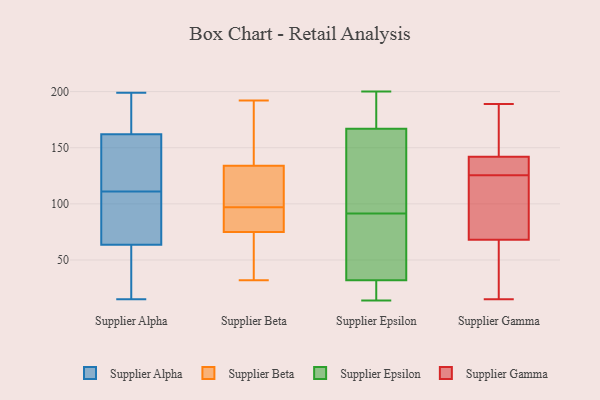
{"axis": {"x": "Active Users", "y": "Value"}, "legend": ["Supplier Alpha", "Supplier Beta", "Supplier Epsilon", "Supplier Gamma"], "data": [{"x": "", "y": 17, "type": "Supplier Alpha"}, {"x": "", "y": 159, "type": "Supplier Alpha"}, {"x": "", "y": 63, "type": "Supplier Alpha"}, {"x": "", "y": 25, "type": "Supplier Alpha"}, {"x": "", "y": 112, "type": "Supplier Alpha"}, {"x": "", "y": 191, "type": "Supplier Alpha"}, {"x": "", "y": 81, "type": "Supplier Alpha"}, {"x": "", "y": 64, "type": "Supplier Alpha"}, {"x": "", "y": 131, "type": "Supplier Alpha"}, {"x": "", "y": 165, "type": "Supplier Alpha"}, {"x": "", "y": 46, "type": "Supplier Alpha"}, {"x": "", "y": 90, "type": "Supplier Alpha"}, {"x": "", "y": 15, "type": "Supplier Alpha"}, {"x": "", "y": 82, "type": "Supplier Alpha"}, {"x": "", "y": 195, "type": "Supplier Alpha"}, {"x": "", "y": 195, "type": "Supplier Alpha"}, {"x": "", "y": 199, "type": "Supplier Alpha"}, {"x": "", "y": 145, "type": "Supplier Alpha"}, {"x": "", "y": 110, "type": "Supplier Alpha"}, {"x": "", "y": 121, "type": "Supplier Alpha"}, {"x": "", "y": 192, "type": "Supplier Beta"}, {"x": "", "y": 32, "type": "Supplier Beta"}, {"x": "", "y": 104, "type": "Supplier Beta"}, {"x": "", "y": 41, "type": "Supplier Beta"}, {"x": "", "y": 134, "type": "Supplier Beta"}, {"x": "", "y": 56, "type": "Supplier Beta"}, {"x": "", "y": 75, "type": "Supplier Beta"}, {"x": "", "y": 170, "type": "Supplier Beta"}, {"x": "", "y": 81, "type": "Supplier Beta"}, {"x": "", "y": 88, "type": "Supplier Beta"}, {"x": "", "y": 122, "type": "Supplier Beta"}, {"x": "", "y": 94, "type": "Supplier Beta"}, {"x": "", "y": 100, "type": "Supplier Beta"}, {"x": "", "y": 167, "type": "Supplier Beta"}, {"x": "", "y": 14, "type": "Supplier Epsilon"}, {"x": "", "y": 32, "type": "Supplier Epsilon"}, {"x": "", "y": 200, "type": "Supplier Epsilon"}, {"x": "", "y": 192, "type": "Supplier Epsilon"}, {"x": "", "y": 62, "type": "Supplier Epsilon"}, {"x": "", "y": 78, "type": "Supplier Epsilon"}, {"x": "", "y": 110, "type": "Supplier Epsilon"}, {"x": "", "y": 105, "type": "Supplier Epsilon"}, {"x": "", "y": 127, "type": "Supplier Epsilon"}, {"x": "", "y": 168, "type": "Supplier Epsilon"}, {"x": "", "y": 25, "type": "Supplier Epsilon"}, {"x": "", "y": 167, "type": "Supplier Epsilon"}, {"x": "", "y": 45, "type": "Supplier Epsilon"}, {"x": "", "y": 30, "type": "Supplier Epsilon"}, {"x": "", "y": 147, "type": "Supplier Gamma"}, {"x": "", "y": 15, "type": "Supplier Gamma"}, {"x": "", "y": 133, "type": "Supplier Gamma"}, {"x": "", "y": 141, "type": "Supplier Gamma"}, {"x": "", "y": 20, "type": "Supplier Gamma"}, {"x": "", "y": 119, "type": "Supplier Gamma"}, {"x": "", "y": 176, "type": "Supplier Gamma"}, {"x": "", "y": 119, "type": "Supplier Gamma"}, {"x": "", "y": 189, "type": "Supplier Gamma"}, {"x": "", "y": 77, "type": "Supplier Gamma"}, {"x": "", "y": 36, "type": "Supplier Gamma"}, {"x": "", "y": 142, "type": "Supplier Gamma"}, {"x": "", "y": 68, "type": "Supplier Gamma"}, {"x": "", "y": 132, "type": "Supplier Gamma"}]}